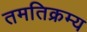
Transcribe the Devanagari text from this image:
तमतिक्रम्य